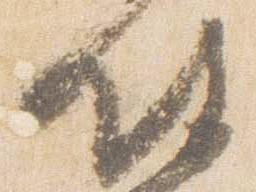
侍